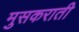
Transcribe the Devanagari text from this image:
मुसकराती